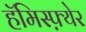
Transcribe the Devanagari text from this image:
हॅमिस्फ़्येर